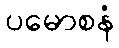
ပမောစနံ